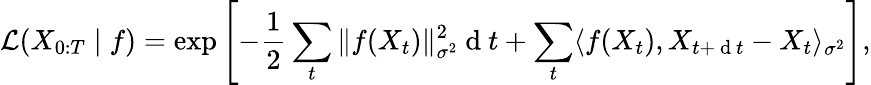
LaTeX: \mathcal{L}(X_{0:T}\mid f)=\exp\left[-\frac{1}{2}\sum_{t}\| f(X_{t})\| _{\sigma^{2}}^{2}\mathrm{~d~}t+\sum_{t}\langle f(X_{t}),X_{t+\mathrm{~d~}t}-X_{t}\rangle_{\sigma^{2}}\right],